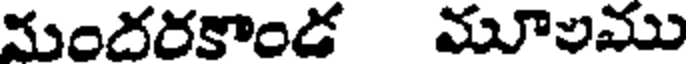
మందరకాండ మూలము